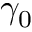
\gamma _ { 0 }